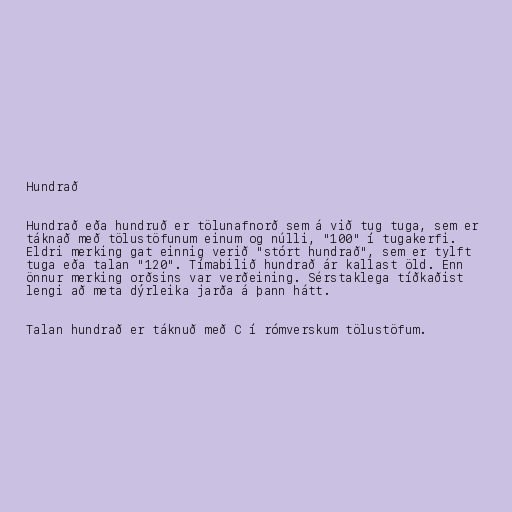
Hundrað

Hundrað eða hundruð er tölunafnorð sem á við tug tuga, sem er
táknað með tölustöfunum einum og núlli, "100" í tugakerfi.
Eldri merking gat einnig verið "stórt hundrað", sem er tylft
tuga eða talan "120". Tímabilið hundrað ár kallast öld. Enn
önnur merking orðsins var verðeining. Sérstaklega tíðkaðist
lengi að meta dýrleika jarða á þann hátt.

Talan hundrað er táknuð með C í rómverskum tölustöfum.